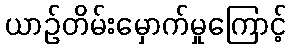
ယာဉ်တိမ်းမှောက်မှုကြောင့်